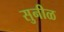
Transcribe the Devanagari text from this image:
सुनीळ